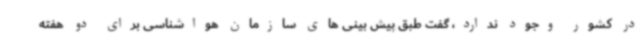
در کشور وجود ندارد، گفت طبق پیش بینی های سازمان هواشناسی برای دو هفته